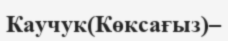
Каучук(Көксағыз)–